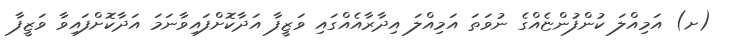
(ށ) އަމިއްލަ ކުންފުންޏެއްގެ ނުވަތަ އަމިއްލަ އިދާރާއެއްގައި ވަޒީފާ އަދާކޮށްފައިވާނަމަ އަދާކޮށްފައިވާ ވަޒީފާ